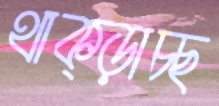
থাক্‌ড়াচ্ছ